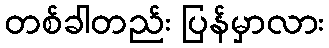
တစ်ခါတည်း ပြန်မှာလား